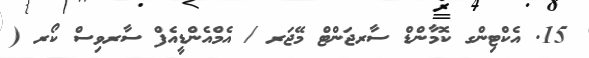
15. އެކްޓިންގ ކޮމާންޑް ސާރޖަންޓް މޭޖަރ / އެމްއެންޑީއެފް ސާރވިސް ކޯރ (